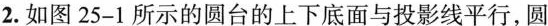
2.如图25-1所示的圆台的上下底面与投影线平行，圆